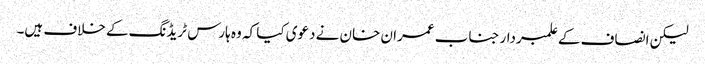
لیکن انصاف کے علمبردار جناب عمران خان نے دعوی کیا کہ وہ ہارس ٹریڈنگ کے خلاف ہیں۔